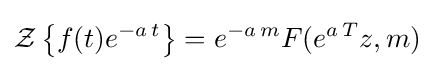
{\mathcal {Z}}\left\{f(t)e^{-a\,t}\right\}=e^{-a\,m}F(e^{a\,T}z,m)